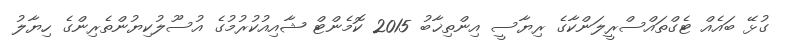
ގުޅޭ ބައެއް ޓެގްތައްސްރީލަންކާގެ ރިޔާސީ އިންތިޚާބު 2015 ކޮމެންޓް ޝާއިއުކުރުމުގެ އުސޫލުކިޔުންތެރިންގެ ހިޔާލު